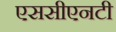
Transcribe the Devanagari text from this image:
एससीएनटी